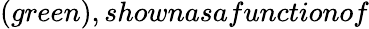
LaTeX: (green),shownasafunctionof